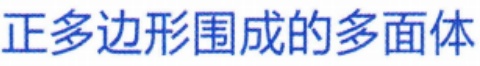
正多边形围成的多面体